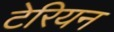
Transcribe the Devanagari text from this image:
टेरियन